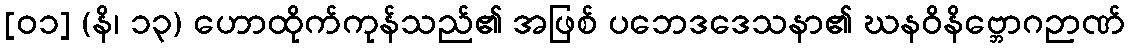
[၀၁] (နိ၊ ၁၃) ဟောထိုက်ကုန်သည်၏ အဖြစ် ပဘေဒဒေသနာ၏ ဃနဝိနိဗ္ဘောဂဉာဏ်